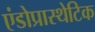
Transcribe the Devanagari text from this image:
एंडोप्रास्थेटिक